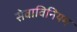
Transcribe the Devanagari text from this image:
सेवाविनियम